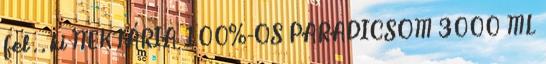
fel . . ki NEKTÁRIA 100%-OS PARADICSOM 3000 ML